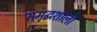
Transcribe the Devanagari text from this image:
समृद्घशाली